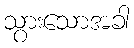
သွားသောအခါ